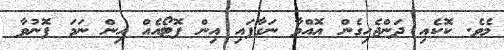
މެވެ. ކޮކެއި ދަންޖެހިގެން އޮއްވާ ނަގާފައި އިން ފޮޓޯއެއް އިން ނަމަ ފޮނުވާ